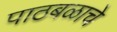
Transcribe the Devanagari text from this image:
पाठबळाचे